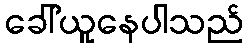
ခေါ်ယူနေပါသည်